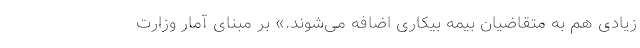
زیادی هم به متقاضیان بیمه بیکاری اضافه می‌شوند.» بر مبنای آمار وزارت